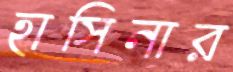
হাসিনার